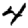
Digit: 4